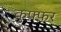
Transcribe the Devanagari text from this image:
कुफ़्फ़र